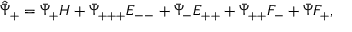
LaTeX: \hat { \bar { \Psi } } _ { + } = \bar { \Psi } _ { + } H + \bar { \Psi } _ { + + + } E _ { -- } + \bar { \Psi } _ { - } E _ { + + } + \bar { \Psi } _ { + + } F _ { - } + \bar { \Psi } F _ { + } ,